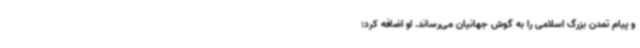
و پیام تمدن بزرگ اسلامی را به گوش جهانیان می‌رساند. او اضافه کرد: